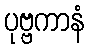
ပုဗ္ဗကာနံ